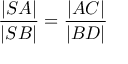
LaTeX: { \frac { | S A | } { | S B | } } = { \frac { | A C | } { | B D | } }